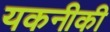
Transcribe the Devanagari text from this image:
यकनीकी